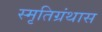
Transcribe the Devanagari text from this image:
स्मृतिग्रंथास